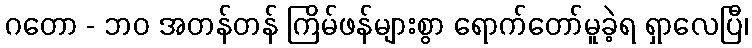
ဂတော - ဘဝ အတန်တန် ကြိမ်ဖန်များစွာ ရောက်တော်မူခဲ့ရ ရှာလေပြီ၊